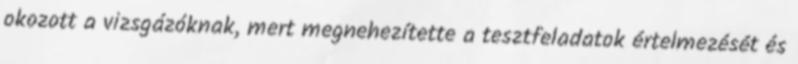
okozott a vizsgázóknak, mert megnehezítette a tesztfeladatok értelmezését és